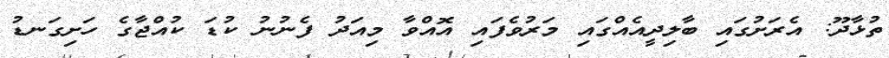
ތުޅާދޫ: އެރަށުގައި ބާލިދީއެއްގައި މަރުވެފައި އޮއްވާ މިއަދު ފެނުނު ކުޑަ ކުއްޖާގެ ހަށިގަނޑު